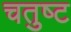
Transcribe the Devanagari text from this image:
चतुष्‍ट